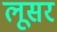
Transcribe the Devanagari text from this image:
लूसर